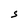
Character: S